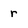
Character: r